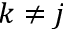
k \neq j